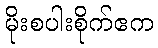
မိုးစပါးစိုက်ဧက